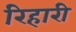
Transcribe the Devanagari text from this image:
रिहारी